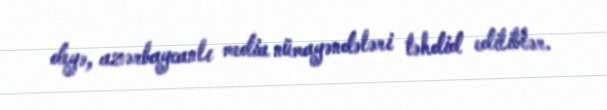
deyə, azərbaycanlı media nümayəndələri təhdid ediliblər.